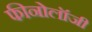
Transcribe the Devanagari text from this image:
फीनोलॉजी